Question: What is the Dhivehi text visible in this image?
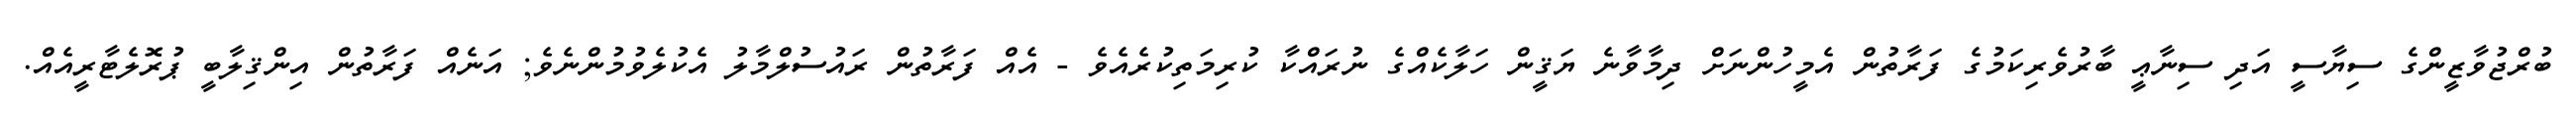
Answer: ބުރްޖުވާޒީންގެ ސިޔާސީ އަދި ސިނާޢީ ބާރުވެރިކަމުގެ ފަރާތުން އެމީހުންނަށް ދިމާވާނެ ޔަޤީން ހަލާކެއްގެ ނުރައްކާ ކުރިމަތިކުރެއެވެ - އެއް ފަރާތުން ރައުސުލްމާލު އެކުލެވުމުންނެވެ; އަނެއް ފަރާތުން އިންޤިލާބީ ޕުރޮލެޓާރީއެއް.